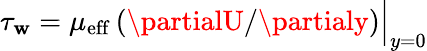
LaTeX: \tau_{\mathbf{w}}=\mu_{\mathrm{{eff}}}\left(\partialU/\partialy\right)\Big|_{y=0}